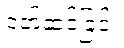
ဝတ်ဆင်ခြင်း